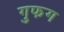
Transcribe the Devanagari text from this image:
गुफग